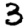
Digit: 3